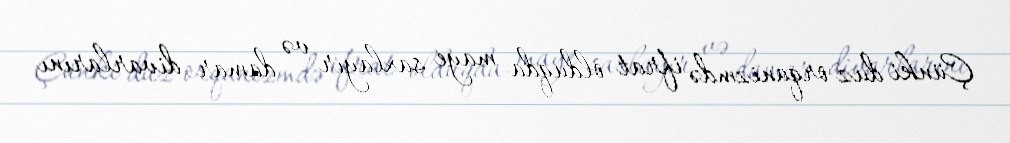
Çünki duz orqanizmdə ifrat olduqda maye saxlayır və damar divarlarını